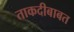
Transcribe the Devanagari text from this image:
ताकदीबाबत